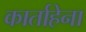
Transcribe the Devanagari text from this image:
कार्ताहेना